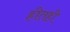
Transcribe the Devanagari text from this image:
हीतही